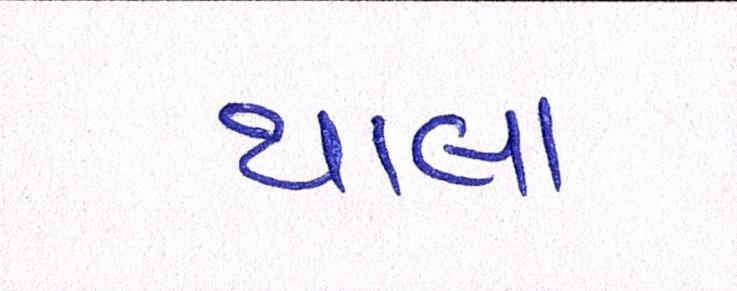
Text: થાલા